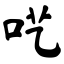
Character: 呓